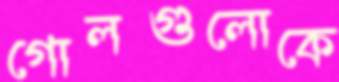
গোলগুলোকে